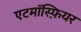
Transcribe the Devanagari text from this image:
एटमॉस्फ़ियर